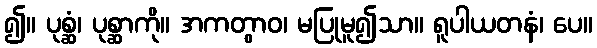
၍။ ပုစ္ဆံ၊ ပုစ္ဆာကို။ အကတွာဝ၊ မပြုမူ၍သာ။ ရူပါယတနံ၊ ပေ။